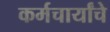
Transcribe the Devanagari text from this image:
कर्मचार्यांचे